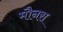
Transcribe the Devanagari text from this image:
मौनस